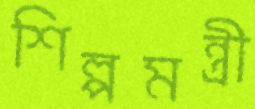
শিল্পমন্ত্রী